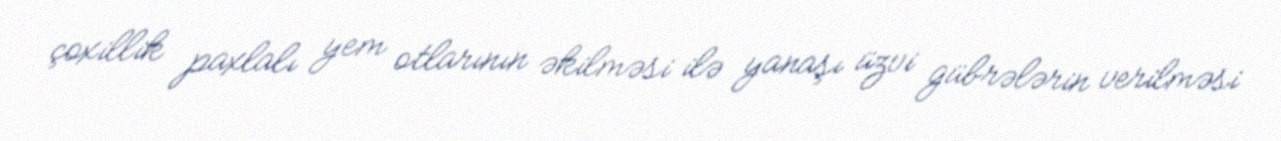
çoxillik paxlalı yem otlarının əkilməsi ilə yanaşı üzvi gübrələrin verilməsi